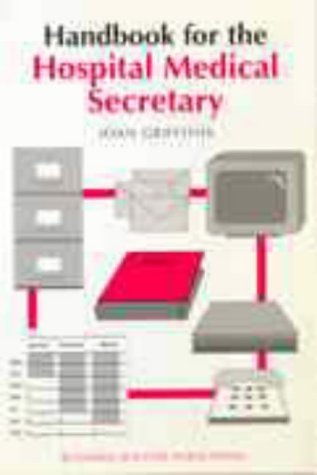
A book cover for Handbook for the Hospital Medical Secretary; J. Griffiths; Medical Books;